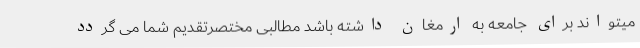
میتواند برای جامعه به ارمغان داشته باشد مطالبی مختصرتقدیم شما می گردد